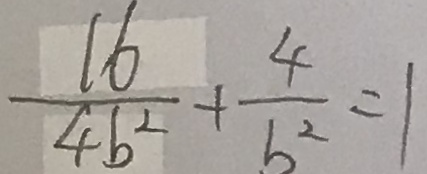
\frac { 1 6 } { 4 b ^ { 2 } } + \frac { 4 } { b ^ { 2 } } = 1